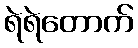
ရဲရဲတောက်